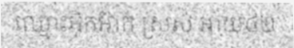
ឈ្មោះអ៊ិកអ៊ាក់ ស្រស់ អាយុ៤២